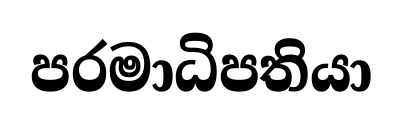
පරමාධිපතියා